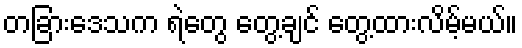
တခြားဒေသက ရဲတွေ တွေ့ချင် တွေ့ထားလိမ့်မယ်။